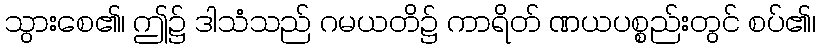
သွားစေ၏၊ ဤ၌ ဒါသံသည် ဂမယတိ၌ ကာရိတ် ဏယပစ္စည်းတွင် စပ်၏၊